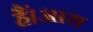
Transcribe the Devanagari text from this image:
हैं।आय